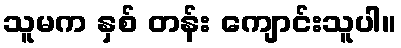
သူမက နှစ် တန်း ကျောင်းသူပါ။